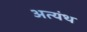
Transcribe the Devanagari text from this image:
अत्यंथ